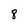
Character: 8